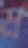
ম